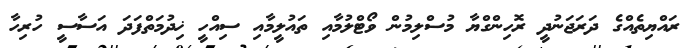
ރައްޔިތެއްގެ ދަރަޖަނުދީ ރޮހިންގްޔާ މުސްލިމުން ވޯޓްލުމާއި ތައުލީމާއި ސިއްހީ ޚިދުމަތްފަދަ އަސާސީ ހުރިހާ